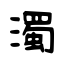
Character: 濁